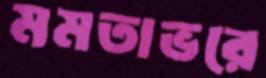
মমতাভরে